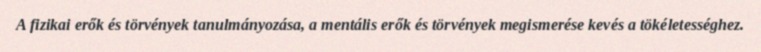
A fizikai erők és törvények tanulmányozása, a mentális erők és törvények megismerése kevés a tökéletességhez.